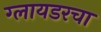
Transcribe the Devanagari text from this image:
ग्लायडरचा